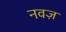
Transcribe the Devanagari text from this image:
नवज़